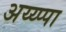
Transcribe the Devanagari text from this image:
अय्य्प्पा